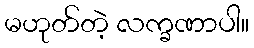
မဟုတ်တဲ့ လက္ခဏာပါ။